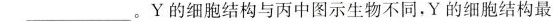
___Y的细胞结构与丙中图示生物不同，Y的细胞结构最